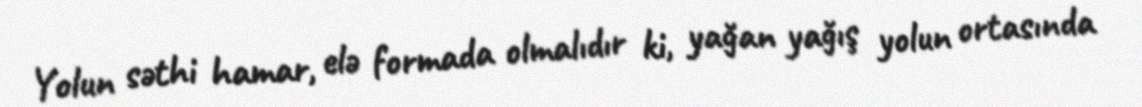
Yolun səthi hamar, elə formada olmalıdır ki, yağan yağış yolun ortasında